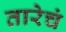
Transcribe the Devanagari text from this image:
तारेचं